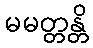
မမတ္တန္တိ